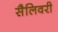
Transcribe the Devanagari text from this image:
सैलिवरी